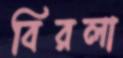
বিরলা